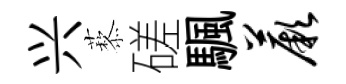
兴藜磋颿蕨